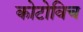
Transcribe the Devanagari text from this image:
कोटोविच